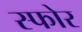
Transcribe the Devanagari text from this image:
स्फोर